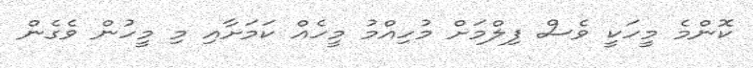
ކޮންމެ މީހަކީ ވެސް ފިލްމަށް މުހިއްމު މީހެއް ކަމަށާއި މި މީހުން ވެގެން